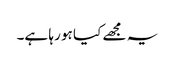
یہ مجھے کیا ہو رہا ہے۔